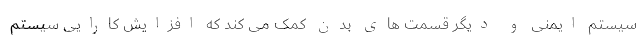
سیستم ایمنی و دیگر قسمت های بدن کمک می کند که افزایش کارایی سیستم